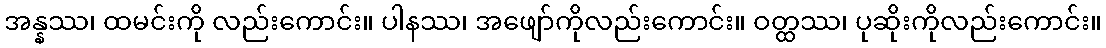
အန္နဿ၊ ထမင်းကို လည်းကောင်း။ ပါနဿ၊ အဖျော်ကိုလည်းကောင်း။ ဝတ္ထဿ၊ ပုဆိုးကိုလည်းကောင်း။